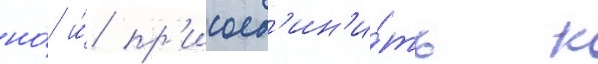
но́ и́ пр'исоед'ин'и́ть к